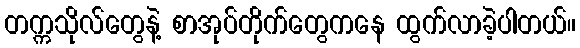
တက္ကသိုလ်တွေနဲ့ စာအုပ်တိုက်တွေကနေ ထွက်လာခဲ့ပါတယ်။